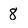
Character: 8